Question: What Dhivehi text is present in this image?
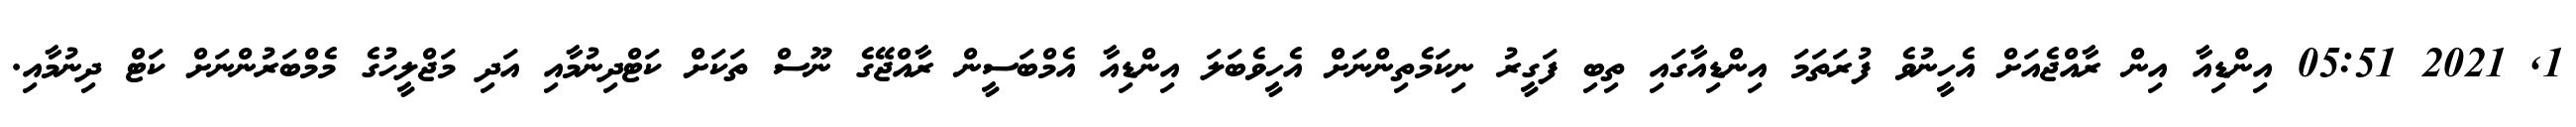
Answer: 1, 2021 05:51 އިންޑިއާ އިން ރާއްޖެއަށް އެހީނުވެ ފުރަތަމަ އިންޑިއާގައި ތިބި ފަގީރު ނިކަމެތިންނަށް އެހީވެބަލަ އިންޑިއާ އެމްބަސީން ރާއްޖޭގެ ނޫސް ތަކަށް ކަޓްދިނުމާއި އަދި މަޖްލީހުގެ މެމްބަރުންނަށް ކަޓް ދިނުމާއި.